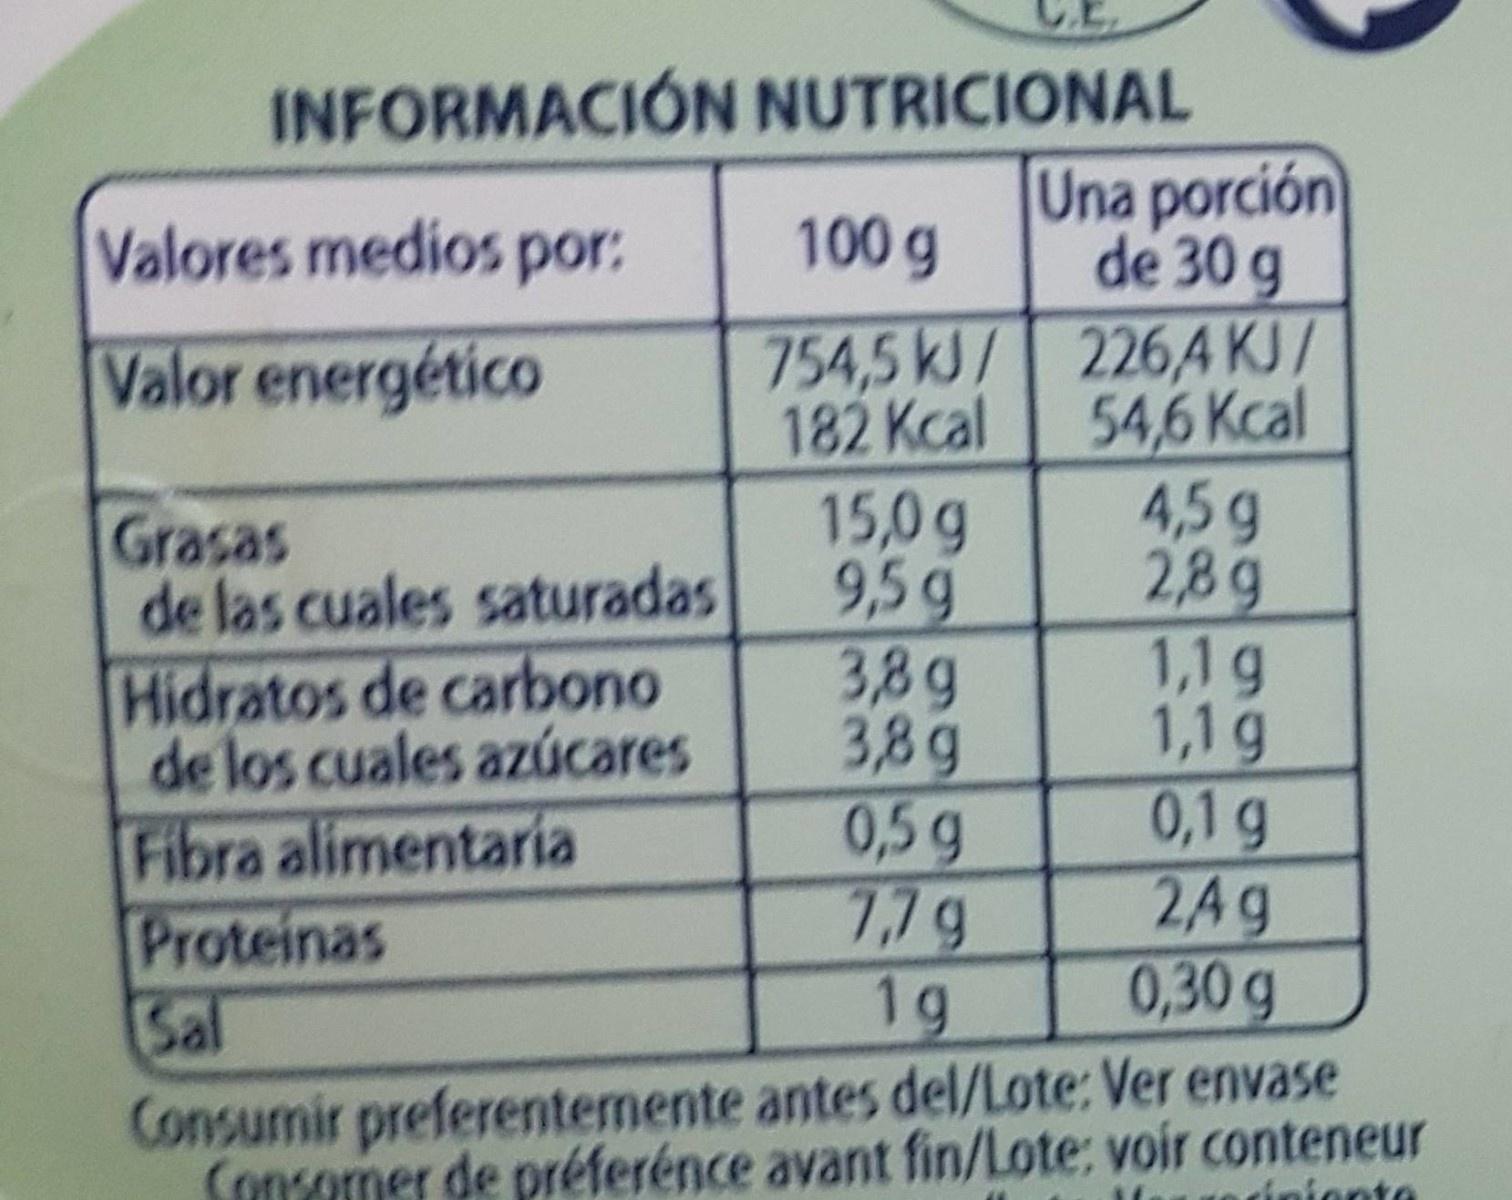
INFORMACIÓN NUTRICIONAL
Una porción de 30 g
Valores medios por:
100 g
Valor energético
754,5 kJ/ 2264 KJ/ 182 Kcal
Grasas de las cuales saturadas Hidratos de carbono de los cuales azúcares Fibra alimentaria Proteinas Sal Consumir preferentemente antes del/Lote: Ver envase Sonsomer de préferénce avant fin/Lote: voir conteneur
15,0g 9,5g 3,8g 3,8g 0,5g 7,7g 1g
54,6 Kcal 4,5g 2,8g 1,1g 1,1g 0,1 g 2Ag 0,30g
rínionte